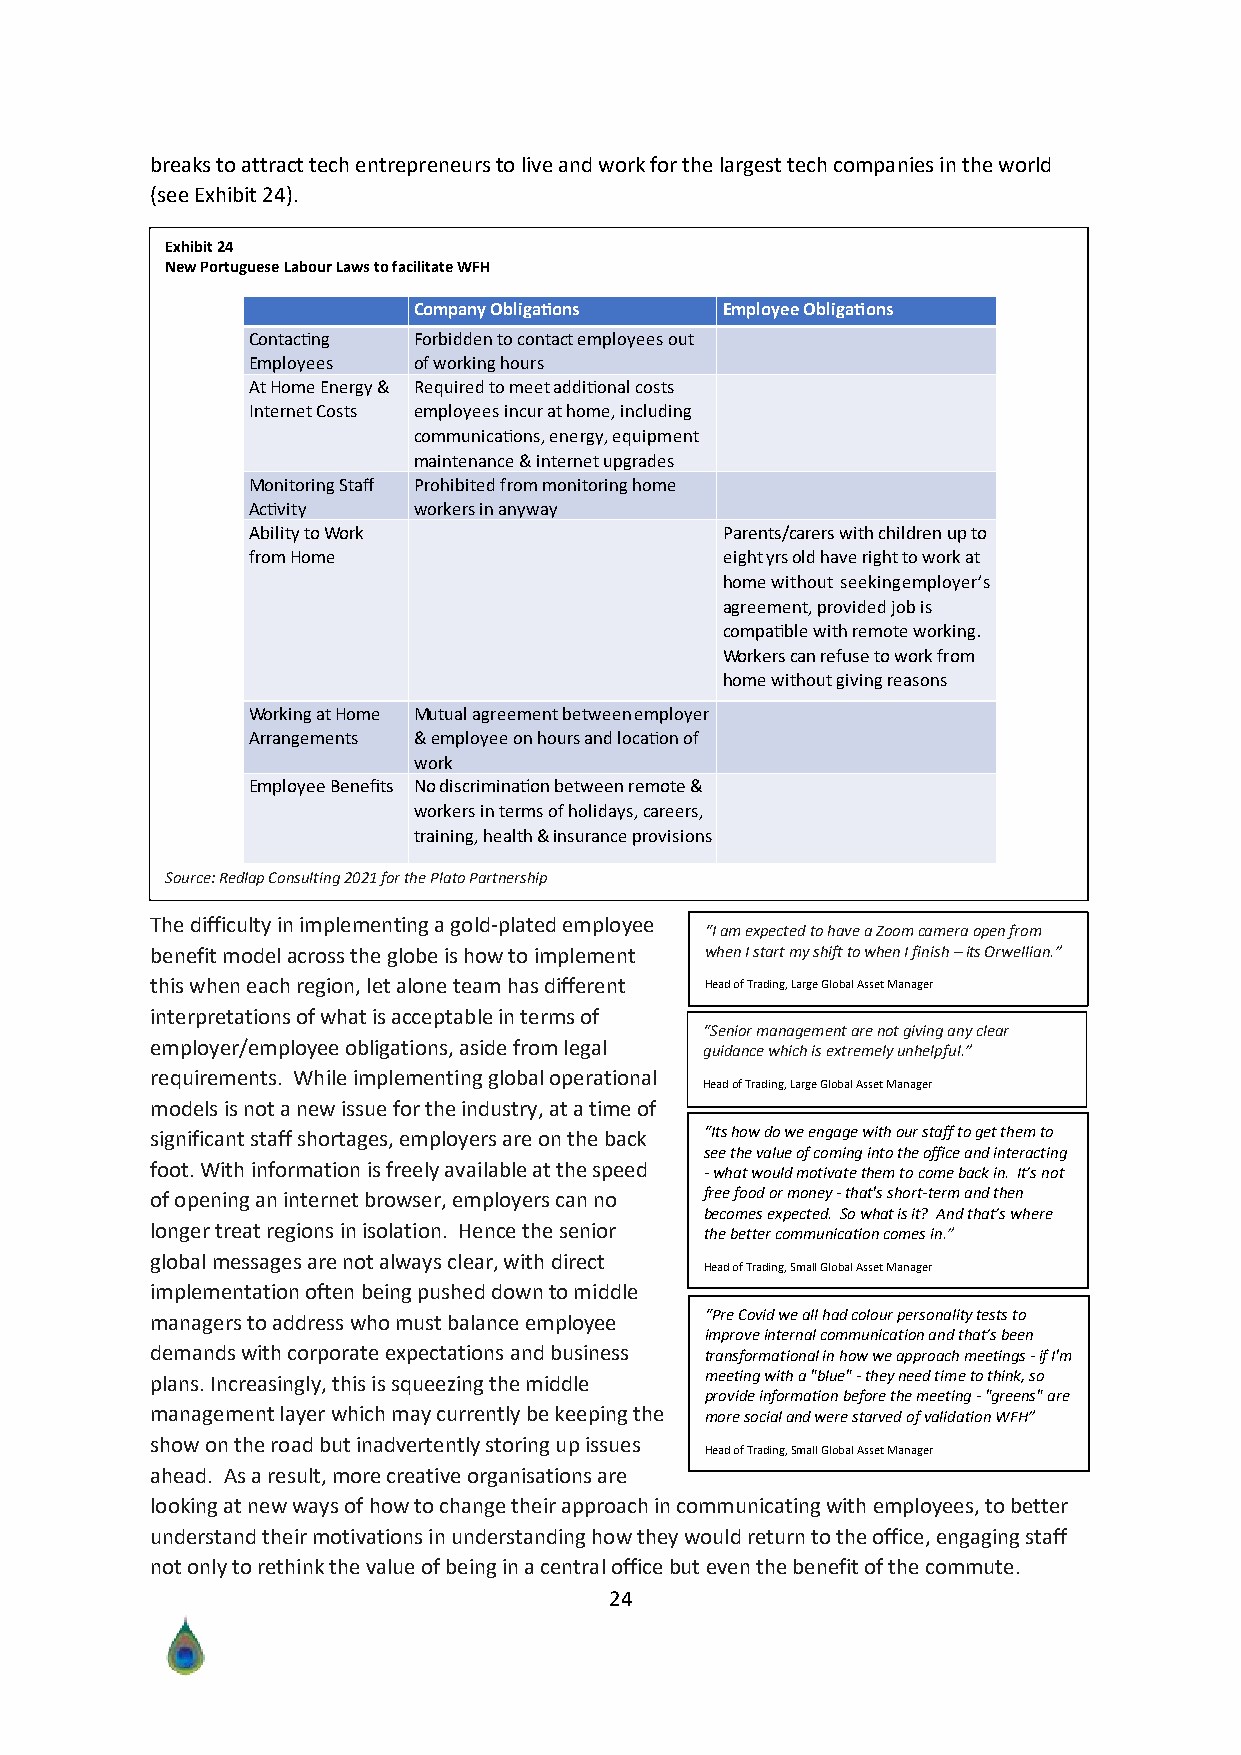
breaks to attract tech entrepreneurs to live and work for the largest tech companies in the world
 (see Exhibit 24).
 Exhibit 24
 New Portuguese Labour Laws to facilitate WFH
 ontac ng   or idden to contact employees out
 mployees  of working hours
 t ome nergy equired to meet addi onal costs
 nternet osts employees incur at home including
 communica ons energy equipment
 maintenance internet upgrades
 Monitoring Sta rohi ited from monitoring home
 c vity    workers in anyway
 ility to ork                  arents carers with childrenupto
 from ome                        eightyrsold have right to work at
 home without seekingemployer s
 agreement provided o is
 compa le with remote working.
 orkers can refuse to work from
 home without giving reasons
 orking at ome Mutual agreement etweenemployer
 rrangements employee on hours and loca on of
 work
 mployee ene ts o discrimina on etween remote
 workers in terms of holidays careers
 training health insurance provisions
 Source: Redlap Consulting 2021 for the Plato Partnership
 The difficulty in implementing a gold-plated emplo yee
 “I am expected to have a Zoom camera open from
 benefit model across the globe is how to implement when I start my shift to when I finish – its Orwellian.”
 this when each region, let alone team has different Head of Trading, Large Global Asset Manager
 interpretations of what is acceptable in terms of
 “Senior management are not giving any clear
 employer/employee obligations, aside from legal guidance which is extremely unhelpful.”
 requirements. While implementing global operational
 Head of Trading, Large Global Asset Manager
 models is not a new issue for the industry, at a time of
 significant staff shortages, employers are on the back “Its how do we engage with our staff to get them to
 see the value of coming into the office and interacting
 foot. With information is freely available at the speed - what would motivate them to come back in. It’s not
 of opening an internet browser, employers can no free food or money - that's short-term and then
 becomes expected. So what is it? And that’s where
 longer treat regions in isolation. Hence the senior the better communication comes in.”
 global messages are not always clear, with direct
 Head of Trading, Small Global Asset Manager
 implementation often being pushed down to middle
 managers to address who must balance employee “Pre Covid we all had colour personality tests to
 improve internal communication and that’s been
 demands with corporate expectations and business transformational in how we approach meetings - if I'm
 plans. Increasingly, this is squeezing the middle meeting with a "blue" - they need time to think, so
 provide information before the meeting - "greens" are
 management layer which may currently be keeping the more social and were starved of validation WFH”
 show on the road but inadvertently storing up issues
 Head of Trading, Small Global Asset Manager
 ahead. As a result, more creative organisations are
 looking at new ways of how to change their approach in communicating with employees, to better
 understand their motivations in understanding how they would return to the office, engaging staff
 not only to rethink the value of being in a central office but even the benefit of the commute.
 24